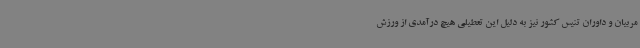
مربیان و داوران تنیس کشور نیز به دلیل این تعطیلی هیچ درآمدی از ورزش